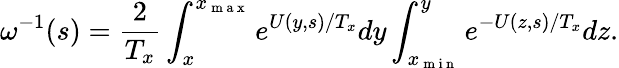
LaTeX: \omega^{-1}(s)=\frac{2}{T_{x}}\int_{x}^{x_{\mathrm{~m~a~x~}}}e^{U(y,s)/T_{x}}dy\int_{x_{\mathrm{~m~i~n~}}}^{y}e^{-U(z,s)/T_{x}}dz.